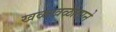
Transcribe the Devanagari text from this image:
खळखळाटाने